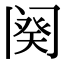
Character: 阕